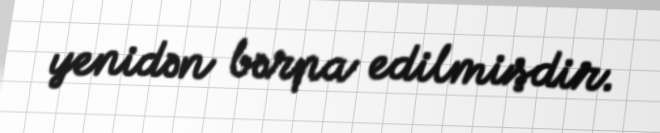
yenidən bərpa edilmişdir.